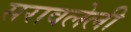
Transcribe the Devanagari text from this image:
सरावलेली